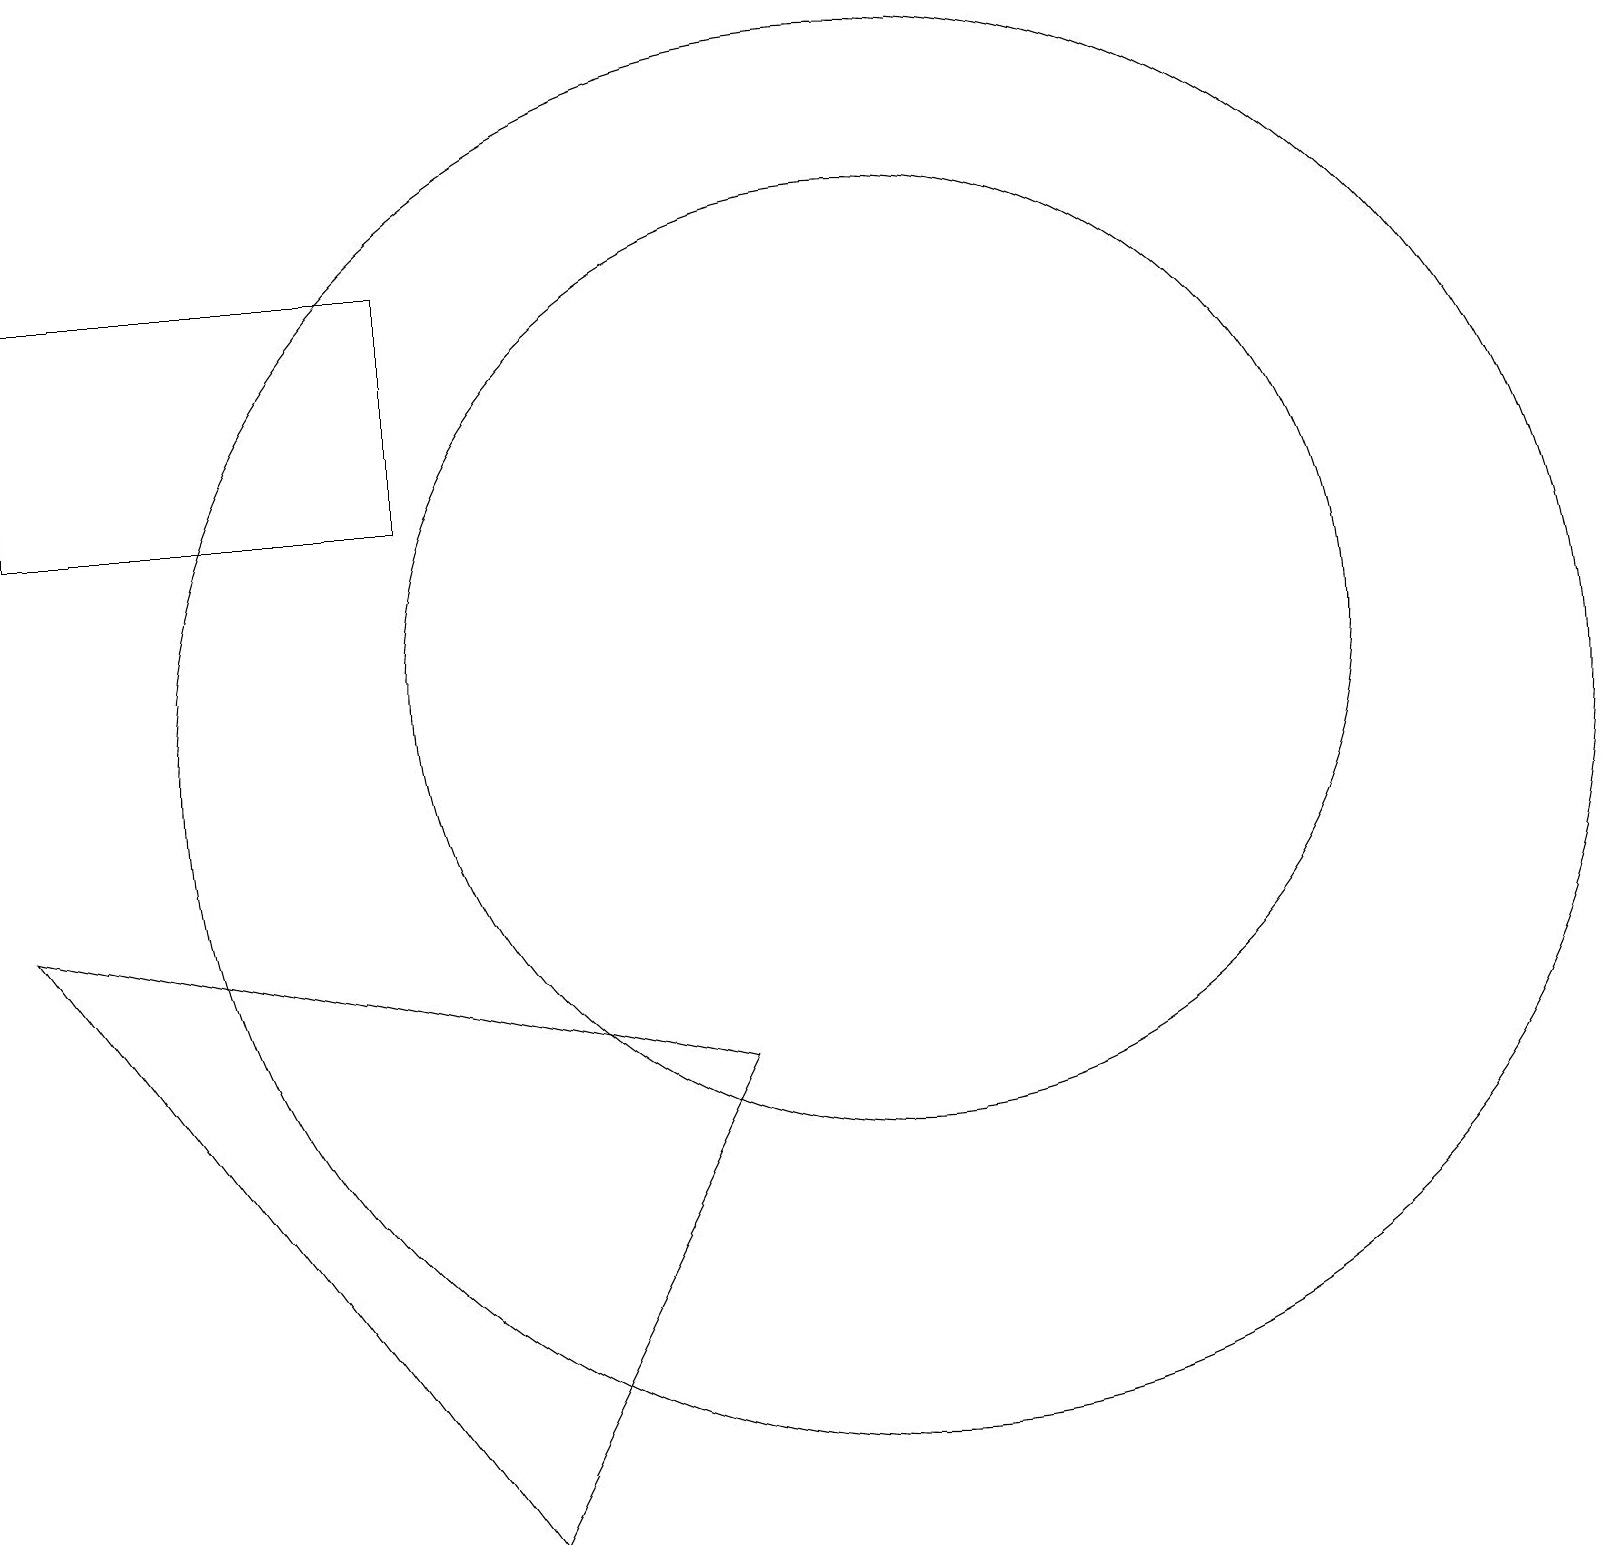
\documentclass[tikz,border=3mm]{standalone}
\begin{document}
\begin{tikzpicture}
\draw (11,11) circle (9);
\draw (11,12) circle (6);
\draw (9,7) -- (6,1) -- (0,9) -- cycle;
\draw (5,17) rectangle (0,14);
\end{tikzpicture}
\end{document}